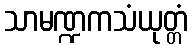
သာမဏ္ဍကသံယုတ္တံ